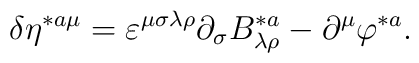
\delta \eta ^{*a\mu }=\varepsilon ^{\mu \sigma \lambda \rho}\partial _\sigma B_{\lambda \rho }^{*a}-\partial ^\mu \varphi ^{*a}.